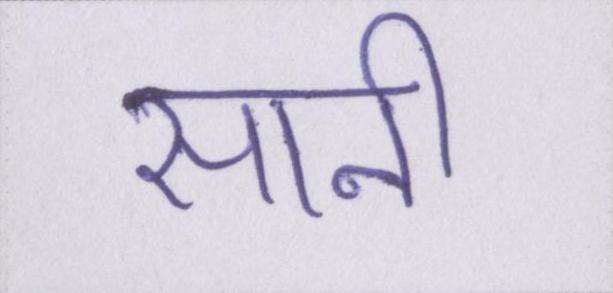
सानी